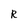
Character: R